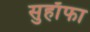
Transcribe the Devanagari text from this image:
सुहाँफा